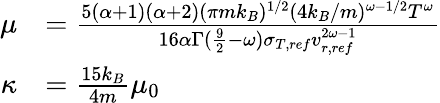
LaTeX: \begin{array}{rl}{\mu}&{=\frac{5(\alpha+1)(\alpha+2)(\pi mk_{B})^{1/2}(4k_{B}/m)^{\omega-1/2}T^{\omega}}{16\alpha\Gamma(\frac{9}{2}-\omega)\sigma_{T,ref}v_{r,ref}^{2\omega-1}}}\\ {\kappa}&{=\frac{15k_{B}}{4m}\mu_{0}}\end{array}